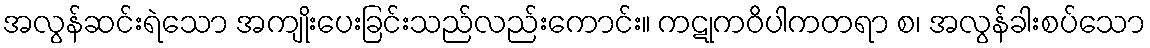
အလွန်ဆင်းရဲသော အကျိုးပေးခြင်းသည်လည်းကောင်း။ ကဋုကဝိပါကတရာ စ၊ အလွန်ခါးစပ်သော